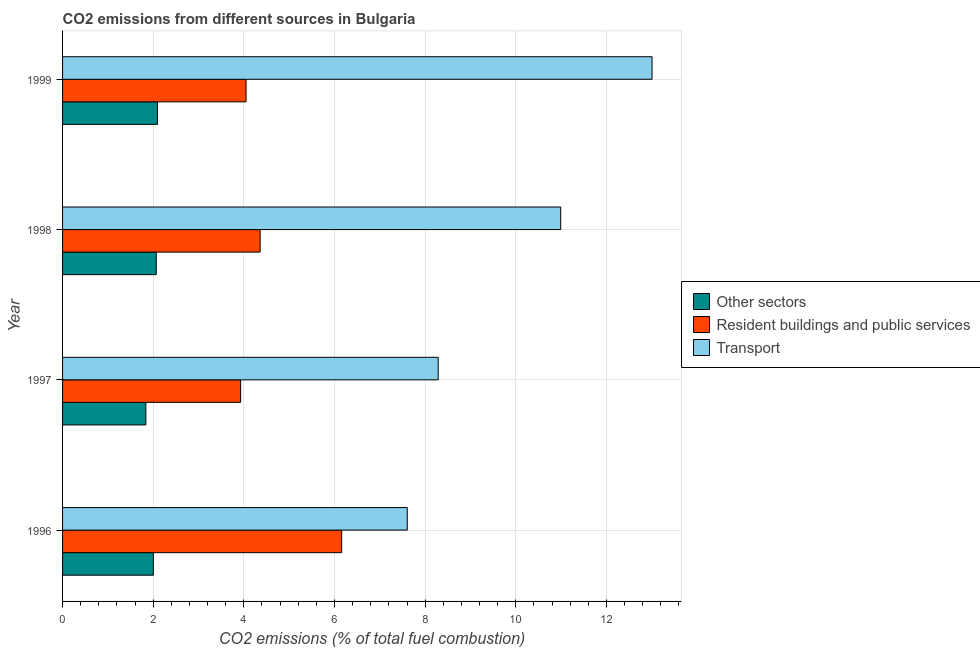
| Year | Other sectors | Resident buildings and public services | Transport |
 | --- | --- | --- | --- |
 | 1996 | 2 | 6.16 | 7.61 |
 | 1997 | 1.84 | 3.93 | 8.29 |
 | 1998 | 2.07 | 4.36 | 11 |
 | 1999 | 2.09 | 4.05 | 13 |